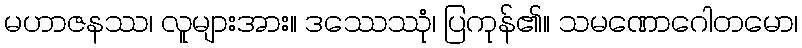
မဟာဇနဿ၊ လူများအား။ ဒဿေဿုံ၊ ပြကုန်၏။ သမဏောဂေါတမော၊